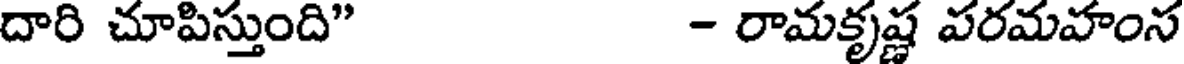
దారి చూపిస్తుంది" - రామకృష్ణ పరమహంస